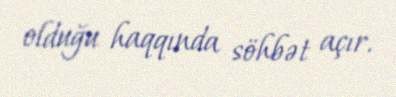
olduğu haqqında söhbət açır.